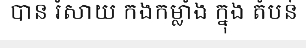
បាន រំសាយ កងកម្លាំង ក្នុង តំបន់